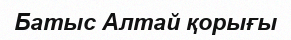
Батыс Алтай қорығы